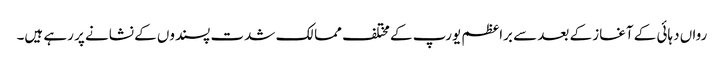
رواں دہائی کے آغاز کے بعد سے براعظم یورپ کے مختلف ممالک شدت پسندوں کے نشانے پر رہے ہیں۔